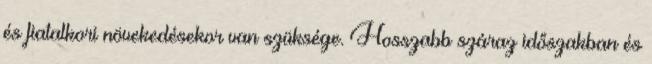
és fiatalkori növekedésekor van szüksége. Hosszabb száraz időszakban és